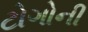
ટોગોની